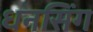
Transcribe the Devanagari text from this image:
धनसिंग